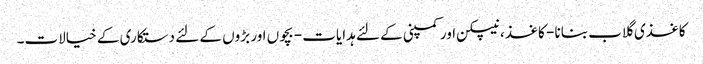
کاغذی گلاب بنانا - کاغذ ، نیپکن اور کمپنی کے لئے ہدایات - بچوں اور بڑوں کے لئے دستکاری کے خیالات۔